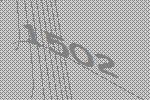
1502